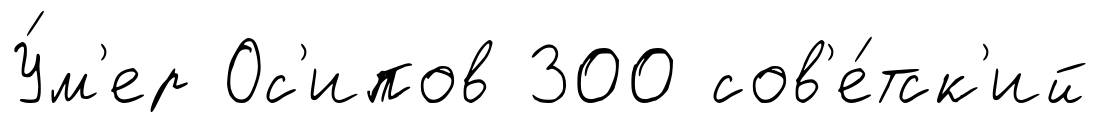
У́м'ер Ос'ипов 300 сов'е́тск'ий